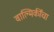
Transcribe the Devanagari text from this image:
वाल्मिकींचा